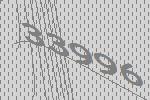
33996